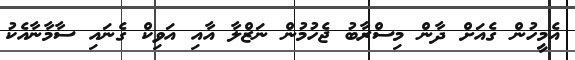
އެމީހުން ގެއަށް ދާން މިސްރާބު ޖެހުމުން ނަޒްލާ އާއި އަވިކް ގެނައި ސާމާނާއެކު